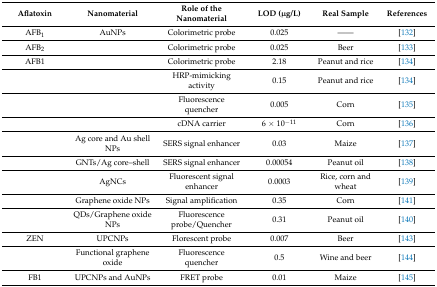
<table><thead><tr><td><b>Aflatoxin</b></td><td><b>Nanomaterial</b></td><td><b>Role of the Nanomaterial</b></td><td><b>LOD (μg/L)</b></td><td><b>Real Sample</b></td><td><b>References</b></td></tr></thead><tbody><tr><td>AFB<sub>1</sub></td><td>AuNPs</td><td>Colorimetric probe</td><td>0.025</td><td>------</td><td>[132]</td></tr><tr><td>AFB<sub>2</sub></td><td></td><td>Colorimetric probe</td><td>0.025</td><td>Beer </td><td>[133]</td></tr><tr><td>AFB1</td><td></td><td>Colorimetric probe</td><td>2.18</td><td>Peanut and rice</td><td>[134]</td></tr><tr><td></td><td></td><td>HRP-mimicking activity</td><td>0.15</td><td>Peanut and rice</td><td>[134]</td></tr><tr><td></td><td></td><td>Fluorescence quencher</td><td>0.005</td><td>Corn</td><td>[135]</td></tr><tr><td></td><td></td><td>cDNA carrier</td><td>6 × 10<sup>−11</sup></td><td>Corn</td><td>[136]</td></tr><tr><td></td><td>Ag core and Au shell NPs</td><td>SERS signal enhancer</td><td>0.03 </td><td>Maize</td><td>[137]</td></tr><tr><td></td><td>GNTs/Ag core–shell</td><td>SERS signal enhancer</td><td>0.00054</td><td>Peanut oil</td><td>[138]</td></tr><tr><td></td><td>AgNCs</td><td>Fluorescent signal enhancer</td><td>0.0003</td><td>Rice, corn and wheat</td><td>[139]</td></tr><tr><td></td><td>Graphene oxide NPs</td><td>Signal amplification</td><td>0.35</td><td>Corn </td><td>[141]</td></tr><tr><td></td><td>QDs/Graphene oxide NPs</td><td>Fluorescence probe/Quencher</td><td>0.31</td><td>Peanut oil</td><td>[140]</td></tr><tr><td>ZEN</td><td>UPCNPs</td><td>Florescent probe</td><td>0.007</td><td>Beer </td><td>[143]</td></tr><tr><td></td><td>Functional graphene oxide</td><td>Fluorescence quencher</td><td>0.5</td><td>Wine and beer</td><td>[144]</td></tr><tr><td>FB1</td><td>UPCNPs and AuNPs</td><td>FRET probe</td><td>0.01</td><td>Maize</td><td>[145]</td></tr></tbody></table>